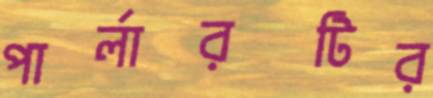
পার্লারটির